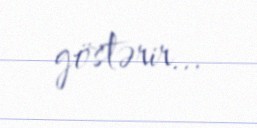
göstərir...